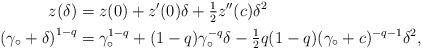
LaTeX: \begin{align*}z(\delta) & = z(0) + z'(0) \delta + \tfrac{1}{2} z''(c) \delta^2 \\\left( \gamma_\circ+\delta \right)^{1-q} & =\gamma_\circ^{1-q} +(1-q) \gamma_\circ^{-q} \delta -\tfrac{1}{2} q(1-q)(\gamma_\circ+c)^{-q-1} \delta^2 ,\end{align*}